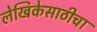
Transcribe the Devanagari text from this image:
लेखिकेसाठीचा